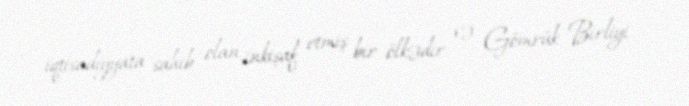
iqtisadiyyata sahib olan inkişaf etmiş bir ölkədir və Gömrük Birliyi